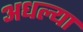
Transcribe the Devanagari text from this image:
अधल्या